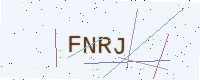
Text: FNRJ